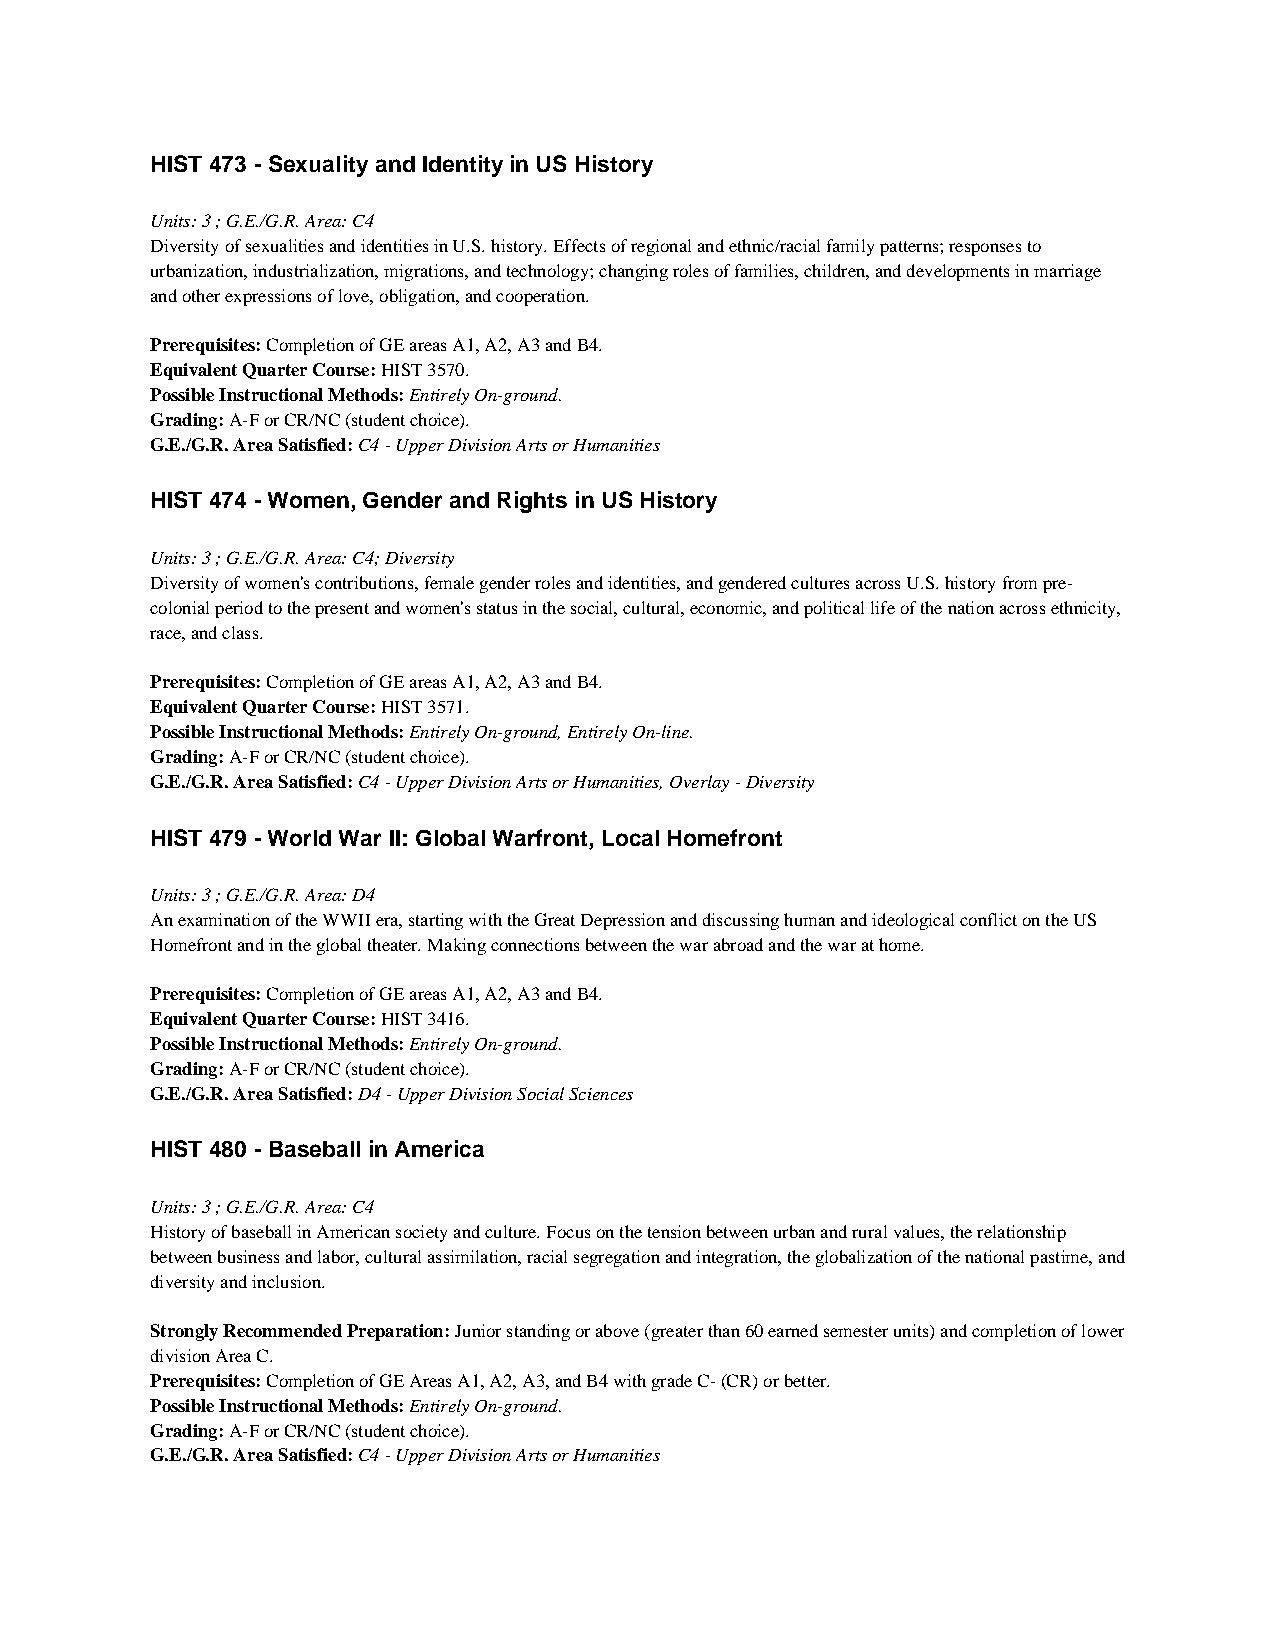
HIST 473 - Sexuality and Identity in US History
 Units: 3 ; G.E./G.R. Area: C4
 Diversity of sexualities and identities in U.S. history. Effects of regional and ethnic/racial family patterns; responses to
 urbanization, industrialization, migrations, and technology; changing roles of families, children, and developments in marriage
 and other expressions of love, obligation, and cooperation.
 Prerequisites: Completion of GE areas A1, A2, A3 and B4.
 Equivalent Quarter Course: HIST 3570.
 Possible Instructional Methods: Entirely On-ground.
 Grading: A-F or CR/NC (student choice).
 G.E./G.R. Area Satisfied: C4 - Upper Division Arts or Humanities
 HIST 474 - Women, Gender and Rights in US History
 Units: 3 ; G.E./G.R. Area: C4; Diversity
 Diversity of women's contributions, female gender roles and identities, and gendered cultures across U.S. history from pre-
 colonial period to the present and women's status in the social, cultural, economic, and political life of the nation across ethnicity,
 race, and class.
 Prerequisites: Completion of GE areas A1, A2, A3 and B4.
 Equivalent Quarter Course: HIST 3571.
 Possible Instructional Methods: Entirely On-ground, Entirely On-line.
 Grading: A-F or CR/NC (student choice).
 G.E./G.R. Area Satisfied: C4 - Upper Division Arts or Humanities, Overlay - Diversity
 HIST 479 - World War II: Global Warfront, Local Homefront
 Units: 3 ; G.E./G.R. Area: D4
 An examination of the WWII era, starting with the Great Depression and discussing human and ideological conflict on the US
 Homefront and in the global theater. Making connections between the war abroad and the war at home.
 Prerequisites: Completion of GE areas A1, A2, A3 and B4.
 Equivalent Quarter Course: HIST 3416.
 Possible Instructional Methods: Entirely On-ground.
 Grading: A-F or CR/NC (student choice).
 G.E./G.R. Area Satisfied: D4 - Upper Division Social Sciences
 HIST 480 - Baseball in America
 Units: 3 ; G.E./G.R. Area: C4
 History of baseball in American society and culture. Focus on the tension between urban and rural values, the relationship
 between business and labor, cultural assimilation, racial segregation and integration, the globalization of the national pastime, and
 diversity and inclusion.
 Strongly Recommended Preparation: Junior standing or above (greater than 60 earned semester units) and completion of lower
 division Area C.
 Prerequisites: Completion of GE Areas A1, A2, A3, and B4 with grade C- (CR) or better.
 Possible Instructional Methods: Entirely On-ground.
 Grading: A-F or CR/NC (student choice).
 G.E./G.R. Area Satisfied: C4 - Upper Division Arts or Humanities